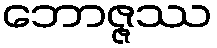
ဘောဇ္ဇဿ